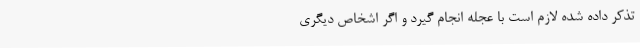
تذکر داده‌ شده ‌لازم‌ است‌ با عجله‌ انجام‌ گیرد و اگر اشخاص‌ دیگری‌